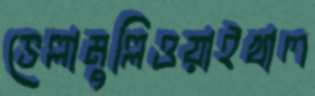
ভেল্লামুল্লিওয়াইখাল